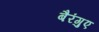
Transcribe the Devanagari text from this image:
बैरंगुए